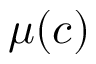
\mu ( c )